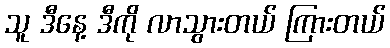
သူ ဒီနေ့ ဒီကို လာသွားတယ် ကြားတယ်